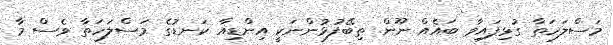
މަސްލަހަތާ ގުޅިފައިވާ ބައެއް ނޫން. ތިބޭފުޅުންނަކީ އިންޑިއާ ކަނޑުގެ މަސްލަހަތާ ވެސް މާ